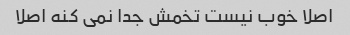
اصلا خوب نیست تخمش جدا نمی کنه اصلا